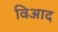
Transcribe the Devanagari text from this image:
विआद